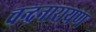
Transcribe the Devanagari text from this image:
चन्द्रनारायण